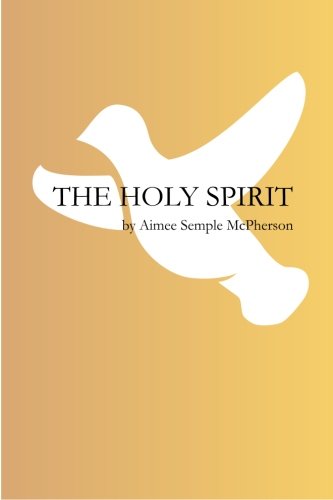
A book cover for The Holy Spirit; Aimee Semple McPherson; Christian Books & Bibles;